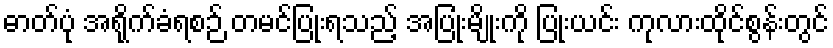
ဓာတ်ပုံ အရိုက်ခံရစဉ် တမင်ပြုံးရသည့် အပြုံးမျိုးကို ပြုံးယင်း ကုလားထိုင်စွန်းတွင်